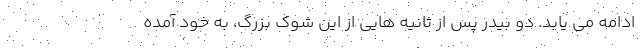
ادامه می یابد. دو بیدر پس از ثانیه هایی از این شوک بزرگ، به خود آمده